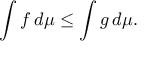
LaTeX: \int f \, d \mu \leq \int g \, d \mu .